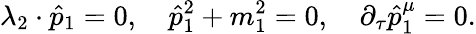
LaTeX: \lambda_{2}\cdot\hat{p}_{1}=0,\quad\hat{p}_{1}^{2}+m_{1}^{2}=0,\quad\partial_{\tau}\hat{p}_{1}^{\mu}=0.